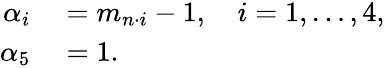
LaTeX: \begin{array}{rl}{\alpha_{i}}&{{}=m_{n\cdot i}-1,\quad i=1,\ldots,4,}\\ {\alpha_{5}}&{{}=1.}\end{array}